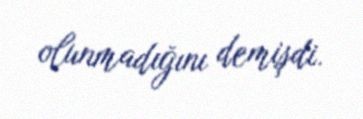
olunmadığını demişdi.